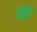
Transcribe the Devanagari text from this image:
गँवर